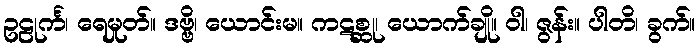
ဥဠုင်္က၊ ရေမှုတ်။ ဒဗ္ဗိ၊ ယောင်းမ။ ကဋစ္ဆု၊ ယောက်ချို။ ဝါ၊ ဇွန်း။ ပါတိ၊ ခွက်။